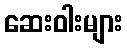
ဆေးဝါးများ